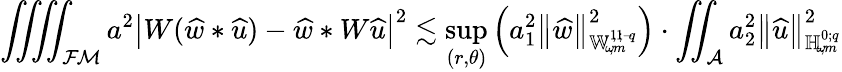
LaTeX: \iiiint_{{\mathcal{FM}}}a^{2}\big|W(\widehat{w}*{\widehat{u}})-\widehat{w}*W{\widehat{u}}\big|^{2}\lesssim\operatorname*{sup}_{(r,\theta)}\left(a_{1}^{2}\left\lVert\widehat{w}\right\rVert_{{\mathbb{W}_{\! \omega\! ,m}^{1\! ,1\! ;{-\! q}}}}^{2}\right)\cdot\iint_{\mathcal{A}}a_{2}^{2}\left\lVert{\widehat{u}}\right\rVert_{{\mathbb{H}_{\! \omega\! ,m}^{0;{q}}}}^{2}